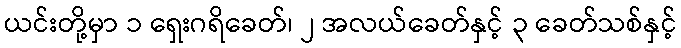
ယင်းတို့မှာ ၁ ရှေးဂရိခေတ်၊ ၂ အလယ်ခေတ်နှင့် ၃ ခေတ်သစ်နှင့်